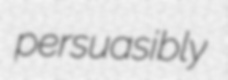
persuasibly